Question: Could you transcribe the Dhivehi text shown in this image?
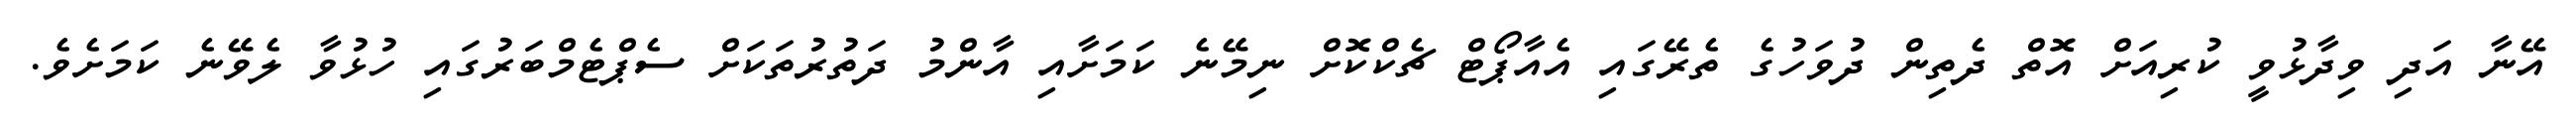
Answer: އޭނާ އަދި ވިދާޅުވީ ކުރިއަށް އޮތް ދެތިން ދުވަހުގެ ތެރޭގައި އެއާޕޯޓް ޗެކްކޮށް ނިމޭނެ ކަމަށާއި އާންމު ދަތުރުތަކަށް ސެޕްޓެމްބަރުގައި ހުޅުވާ ލެވޭނެ ކަމަށެވެ.